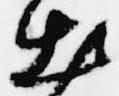
出